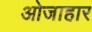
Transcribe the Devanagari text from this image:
ओजाहार